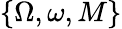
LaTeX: \{ \Omega,\omega,M\}